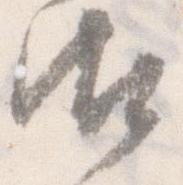
御